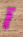
آ